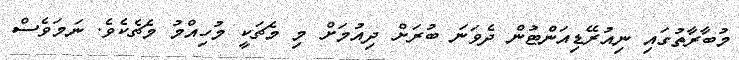
މުބާރާތުގައި ނިއުރޭޑިއަންޓުން ދެވަނަ ބުރަށް ދިއުމަށް މި މެޗަކީ މުހިއްމު މެޗެކެވެ. ނަމަވެސް